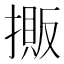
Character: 𢴔